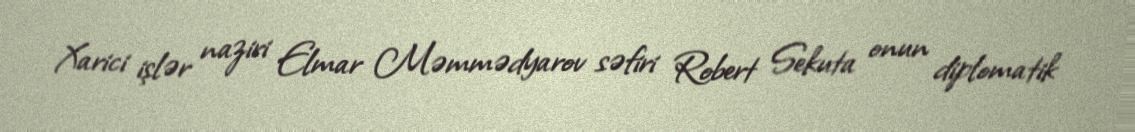
Xarici işlər naziri Elmar Məmmədyarov səfiri Robert Sekuta onun diplomatik